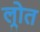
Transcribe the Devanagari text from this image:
ल्रोत